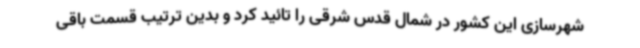
شهرسازی این کشور در شمال قدس شرقی را تائید کرد و بدین ترتیب قسمت باقی